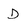
Character: D